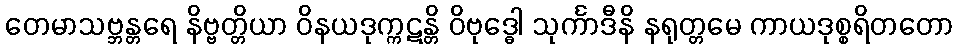
တေမာသဗ္ဘန္တရေ နိဗ္ဗတ္တိယာ ဝိနယဒုက္ကဋန္တိ ဝိဗုဒ္ဓေါ သုင်္ကာဒီနိ နရုတ္တမေ ကာယဒုစ္စရိတတော